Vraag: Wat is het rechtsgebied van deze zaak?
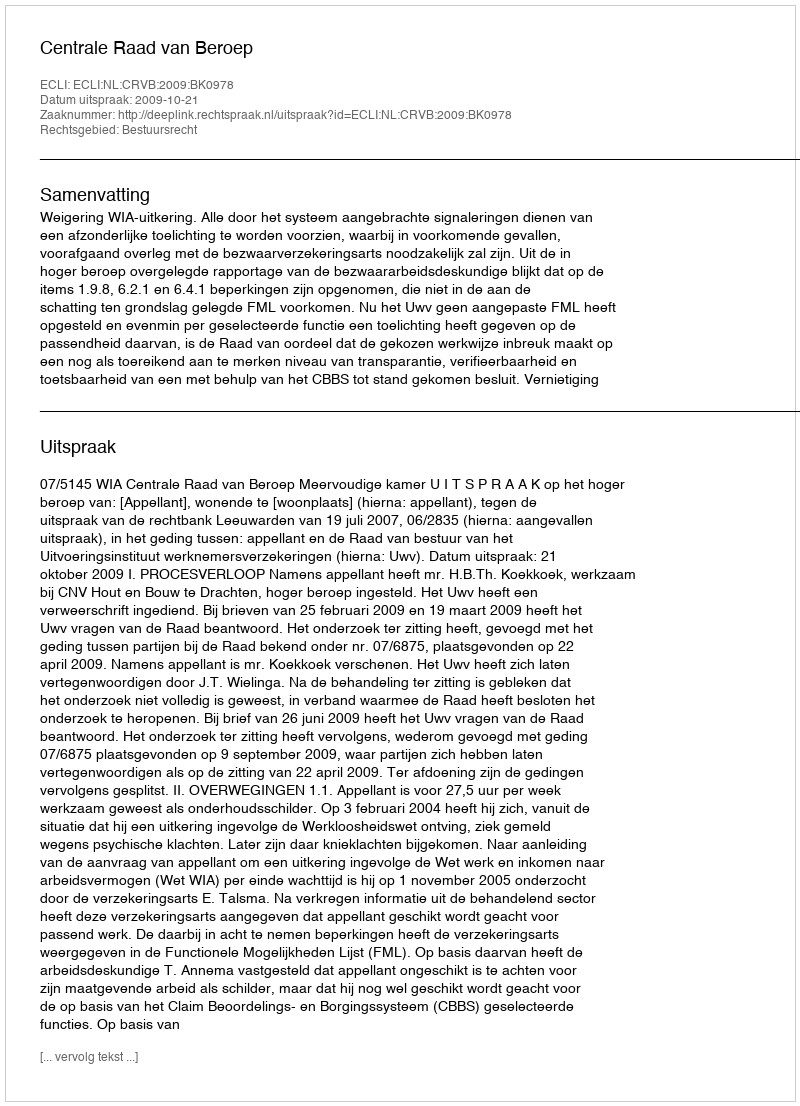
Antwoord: Bestuursrecht